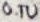
Text: 0.1U